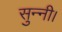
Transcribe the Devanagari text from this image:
सुन्नी।